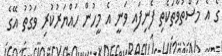
ގެ އެ މަސްތުވާތަކެތި ފެނިފައި ވަނީ އެ މީހުން ހައްޔަރުކުރި ވަގުތު އޭގެ